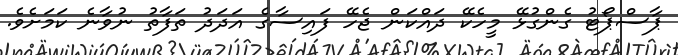
ޕާސްޕޯޓު ގެންގުޅޭ މީހެކޭ ދައްކަން ޖެހޭ ފައިސާގެ އަދަދު ތަފާތު ނުވާނެ ކަމަށެވެ.